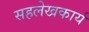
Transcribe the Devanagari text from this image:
सहलेखकार्य